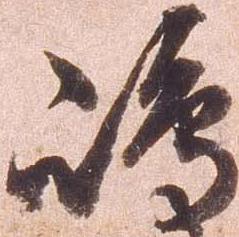
嶋